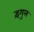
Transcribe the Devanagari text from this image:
इंगुल